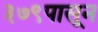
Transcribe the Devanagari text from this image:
३७९पासून